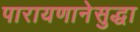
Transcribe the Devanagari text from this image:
पारायणानेसुद्धा